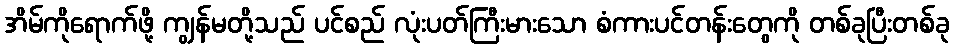
အိမ်ကိုရောက်ဖို့ ကျွန်မတို့သည် ပင်စည် လုံးပတ်ကြီးမားသော စံကားပင်တန်းတွေကို တစ်ခုပြီးတစ်ခု